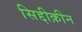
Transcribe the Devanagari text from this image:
सिद्दीक़ीन